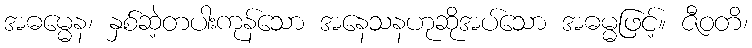
အဓမ္မေန၊ နှစ်ဆဲ့တပါးကုန်သော အနေသနဟုဆိုအပ်သော အဓမ္မဖြင့်။ ဇီဝတိ၊